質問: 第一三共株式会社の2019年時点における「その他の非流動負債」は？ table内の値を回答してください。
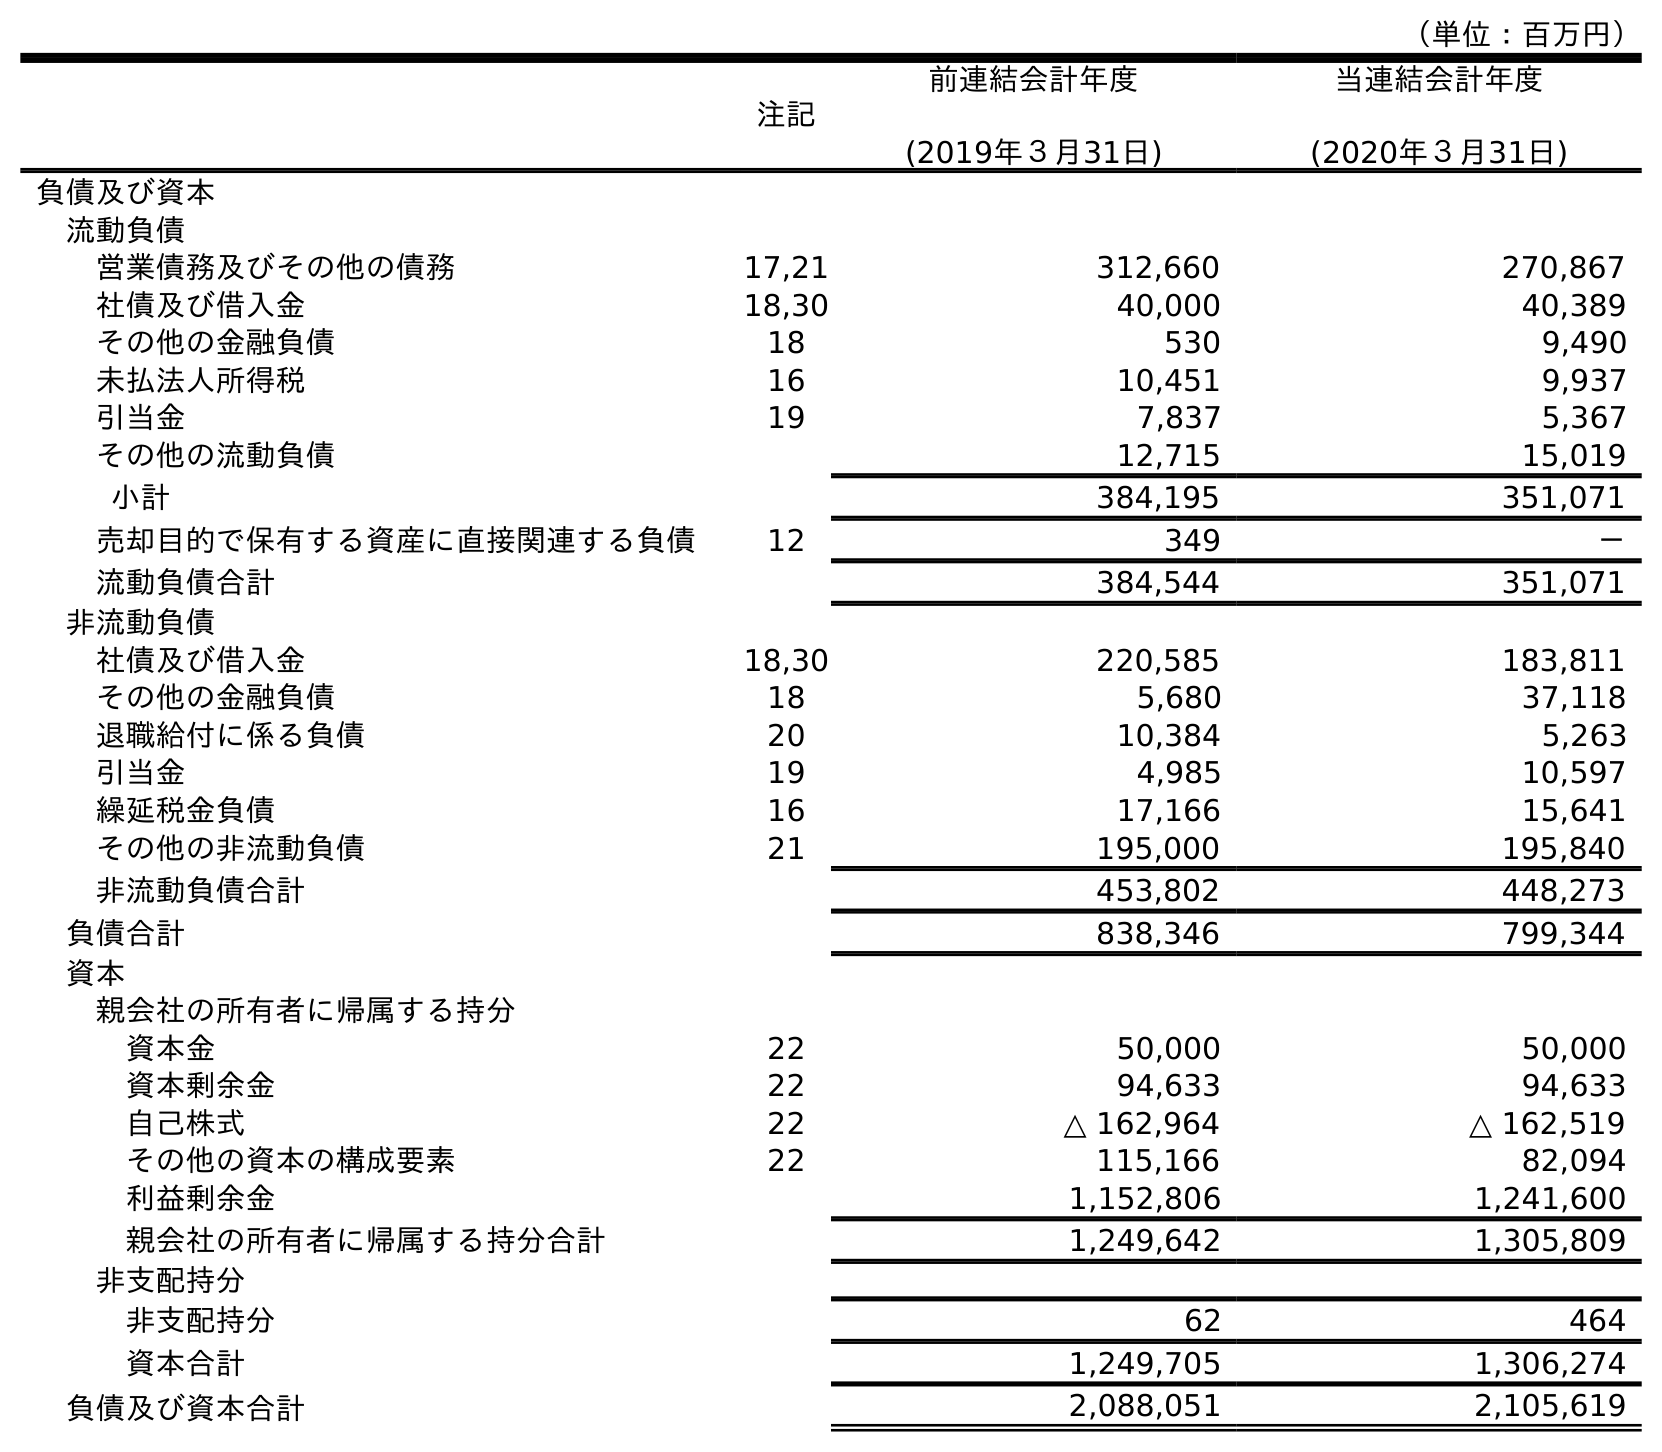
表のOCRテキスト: （単位：百万円） 注記 前連結会計年度 (2019年３月31日) 当連結会計年度 (2020年３月31日) 負債及び資本 流動負債 営業債務及びその他の債務 17,21 312,660 270,867 社債及び借入金 18,30 40,000 40,389 その他の金融負債 18 530 9,490 未払法人所得税 16 10,451 9,937 引当金 19 7,837 5,367 その他の流動負債 12,715 15,019 小計 384,195 351,071 売却目的で保有する資産に直接関連する負債 12 349 － 流動負債合計 384,544 351,071 非流動負債 社債及び借入金 18,30 220,585 183,811 その他の金融負債 18 5,680 37,118 退職給付に係る負債 20 10,384 5,263 引当金 19 4,985 10,597 繰延税金負債 16 17,166 15,641 その他の非流動負債 21 195,000 195,840 非流動負債合計 453,802 448,273 負債合計 838,346 799,344 資本 親会社の所有者に帰属する持分 資本金 22 50,000 50,000 資本剰余金 22 94,633 94,633 自己株式 22 △ 162,964 △ 162,519 その他の資本の構成要素 22 115,166 82,094 利益剰余金 1,152,806 1,241,600 親会社の所有者に帰属する持分合計 1,249,642 1,305,809 非支配持分 非支配持分 62 464 資本合計 1,249,705 1,306,274 負債及び資本合計 2,088,051 2,105,619
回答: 195,000